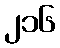
၂၁၆